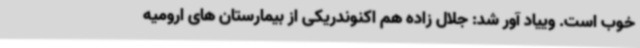
خوب است. وییاد آور شد: جلال زاده هم اکنوندریکی از بیمارستان های ارومیه